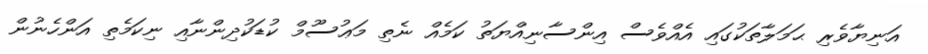
އަނިޔާވެރި ޙަމަލާތަކުގައި އެއްވެސް އިންސާނިއްޔަތު ކަމެއް ނެތި މަޢުސޫމް ކުޑަކުދިންނާއި ނިކަމެތި އަންހެނުން